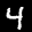
Label: 4